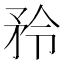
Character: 矝